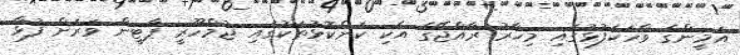
އަމީންގެ ވާހަކަފުޅުގައި މިހާރު ރާއްޖޭގެ އެކި ކަންކޮޅުތަކުގައި ޖުމްހޫރީ ޕާޓީން ވަރަށް ފުޅާ